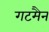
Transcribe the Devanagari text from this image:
गटमैन